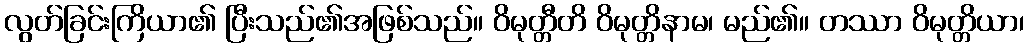
လွတ်ခြင်းကြိယာ၏ ပြီးသည်၏အဖြစ်သည်။ ဝိမုတ္တီတိ ဝိမုတ္တိနာမ၊ မည်၏။ တဿာ ဝိမုတ္တိယာ၊